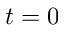
t = 0